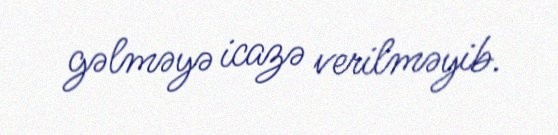
gəlməyə icazə verilməyib.